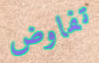
تفاوض